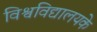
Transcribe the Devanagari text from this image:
विश्वविद्यालयके